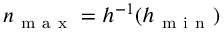
n _ { \mathrm { ~ m ~ a ~ x ~ } } = h ^ { - 1 } ( h _ { \mathrm { ~ m ~ i ~ n ~ } } )